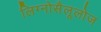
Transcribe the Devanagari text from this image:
लिग्नोसैलूलोज